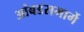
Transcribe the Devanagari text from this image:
आंबडसमार्गे